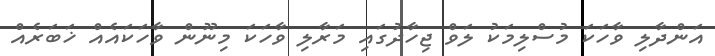
އަންދާލި ވާހަކަ މުސްލިމަކު ލަވް ޖިހާދުގައި މަރާލި ވާހަކަ މިނޫން ވާހަކައެއް ޚަބަރެއް